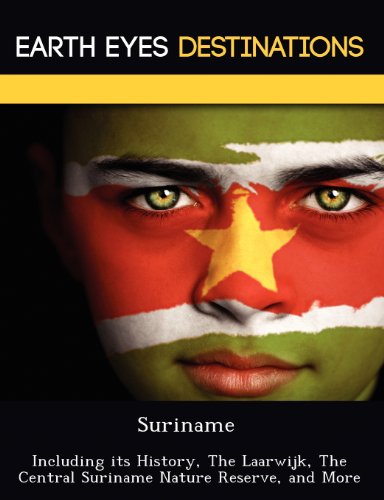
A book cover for Suriname: Including its History, The Laarwijk, The Central Suriname Nature Reserve, and More; Renee Browning; Travel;